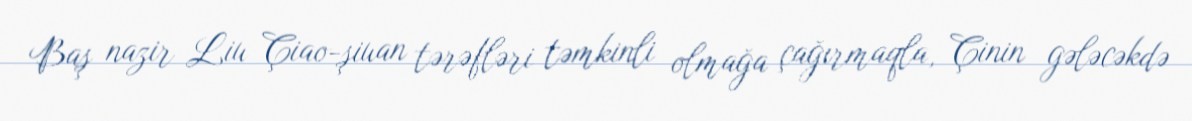
Baş nazir Liu Çiao-şiuan tərəfləri təmkinli olmağa çağırmaqla, Çinin gələcəkdə